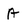
Character: A